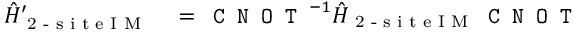
\begin{array} { r l } { \hat { H } _ { \textrm { 2 - s i t e I M } } ^ { \prime } } & { { } = \texttt { C N O T } ^ { - 1 } \hat { H } _ { \textrm { 2 - s i t e I M } } \texttt { C N O T } } \end{array}